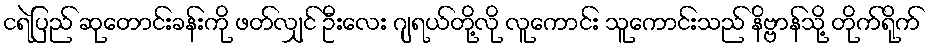
ငရဲပြည် ဆုတောင်းခန်းကို ဖတ်လျှင် ဦးလေး ဂျရယ်တို့လို လူကောင်း သူကောင်းသည် နိဗ္ဗာန်သို့ တိုက်ရိုက်